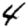
Digit: 4